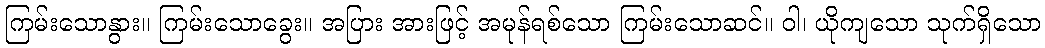
ကြမ်းသောနွား။ ကြမ်းသောခွေး။ အပြား အားဖြင့် အမုန်ရစ်သော ကြမ်းသောဆင်။ ဝါ၊ ယိုကျသော သုက်ရှိသော